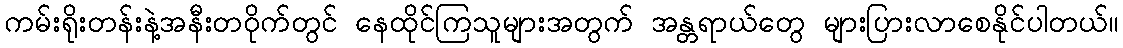
ကမ်းရိုးတန်းနဲ့အနီးတဝိုက်တွင် နေထိုင်ကြသူများအတွက် အန္တရာယ်တွေ များပြားလာစေနိုင်ပါတယ်။